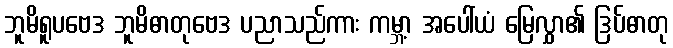
ဘူမိရူပဗေဒ ဘူမိဓာတုဗေဒ ပညာသည်ကား ကမ္ဘာ့ အပေါ်ယံ မြေလွှာ၏ ဒြပ်ဓာတု